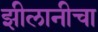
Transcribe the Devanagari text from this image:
झीलानीचा